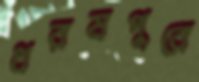
ধরমপুরে